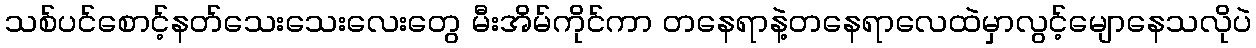
သစ်ပင်စောင့်နတ်သေးသေးလေးတွေ မီးအိမ်ကိုင်ကာ တနေရာနဲ့တနေရာလေထဲမှာလွင့်မျောနေသလိုပဲ